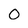
Character: 0